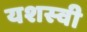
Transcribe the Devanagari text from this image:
यशस्‍वी